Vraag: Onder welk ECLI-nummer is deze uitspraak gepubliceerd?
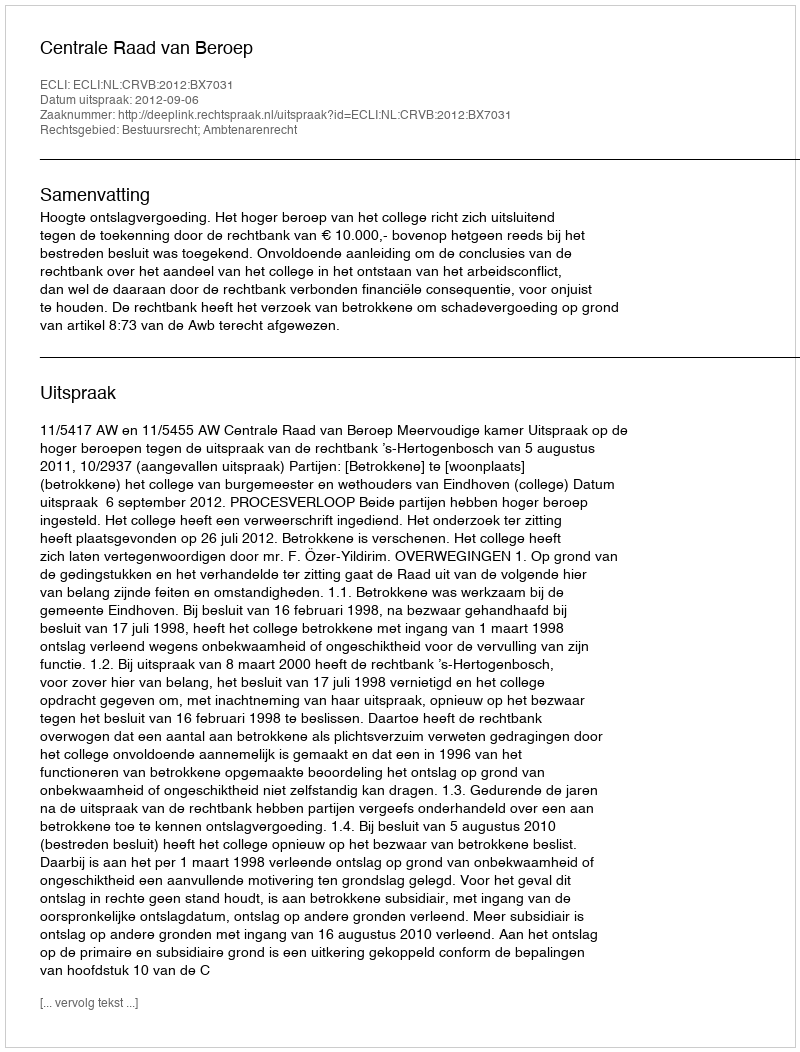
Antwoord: ECLI:NL:CRVB:2012:BX7031